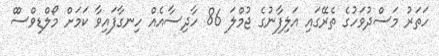
ހަތަރު މަސްދުވަހުގެ ތެރޭގައި އަލިފާނުގެ ޖުމްލަ 86 ހާދިސާއެއް ހިނގާފައިވާ ކަމަށް މޯލްޑިވްސްް